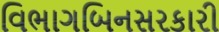
વિભાગબિનસરકારી